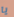
يا